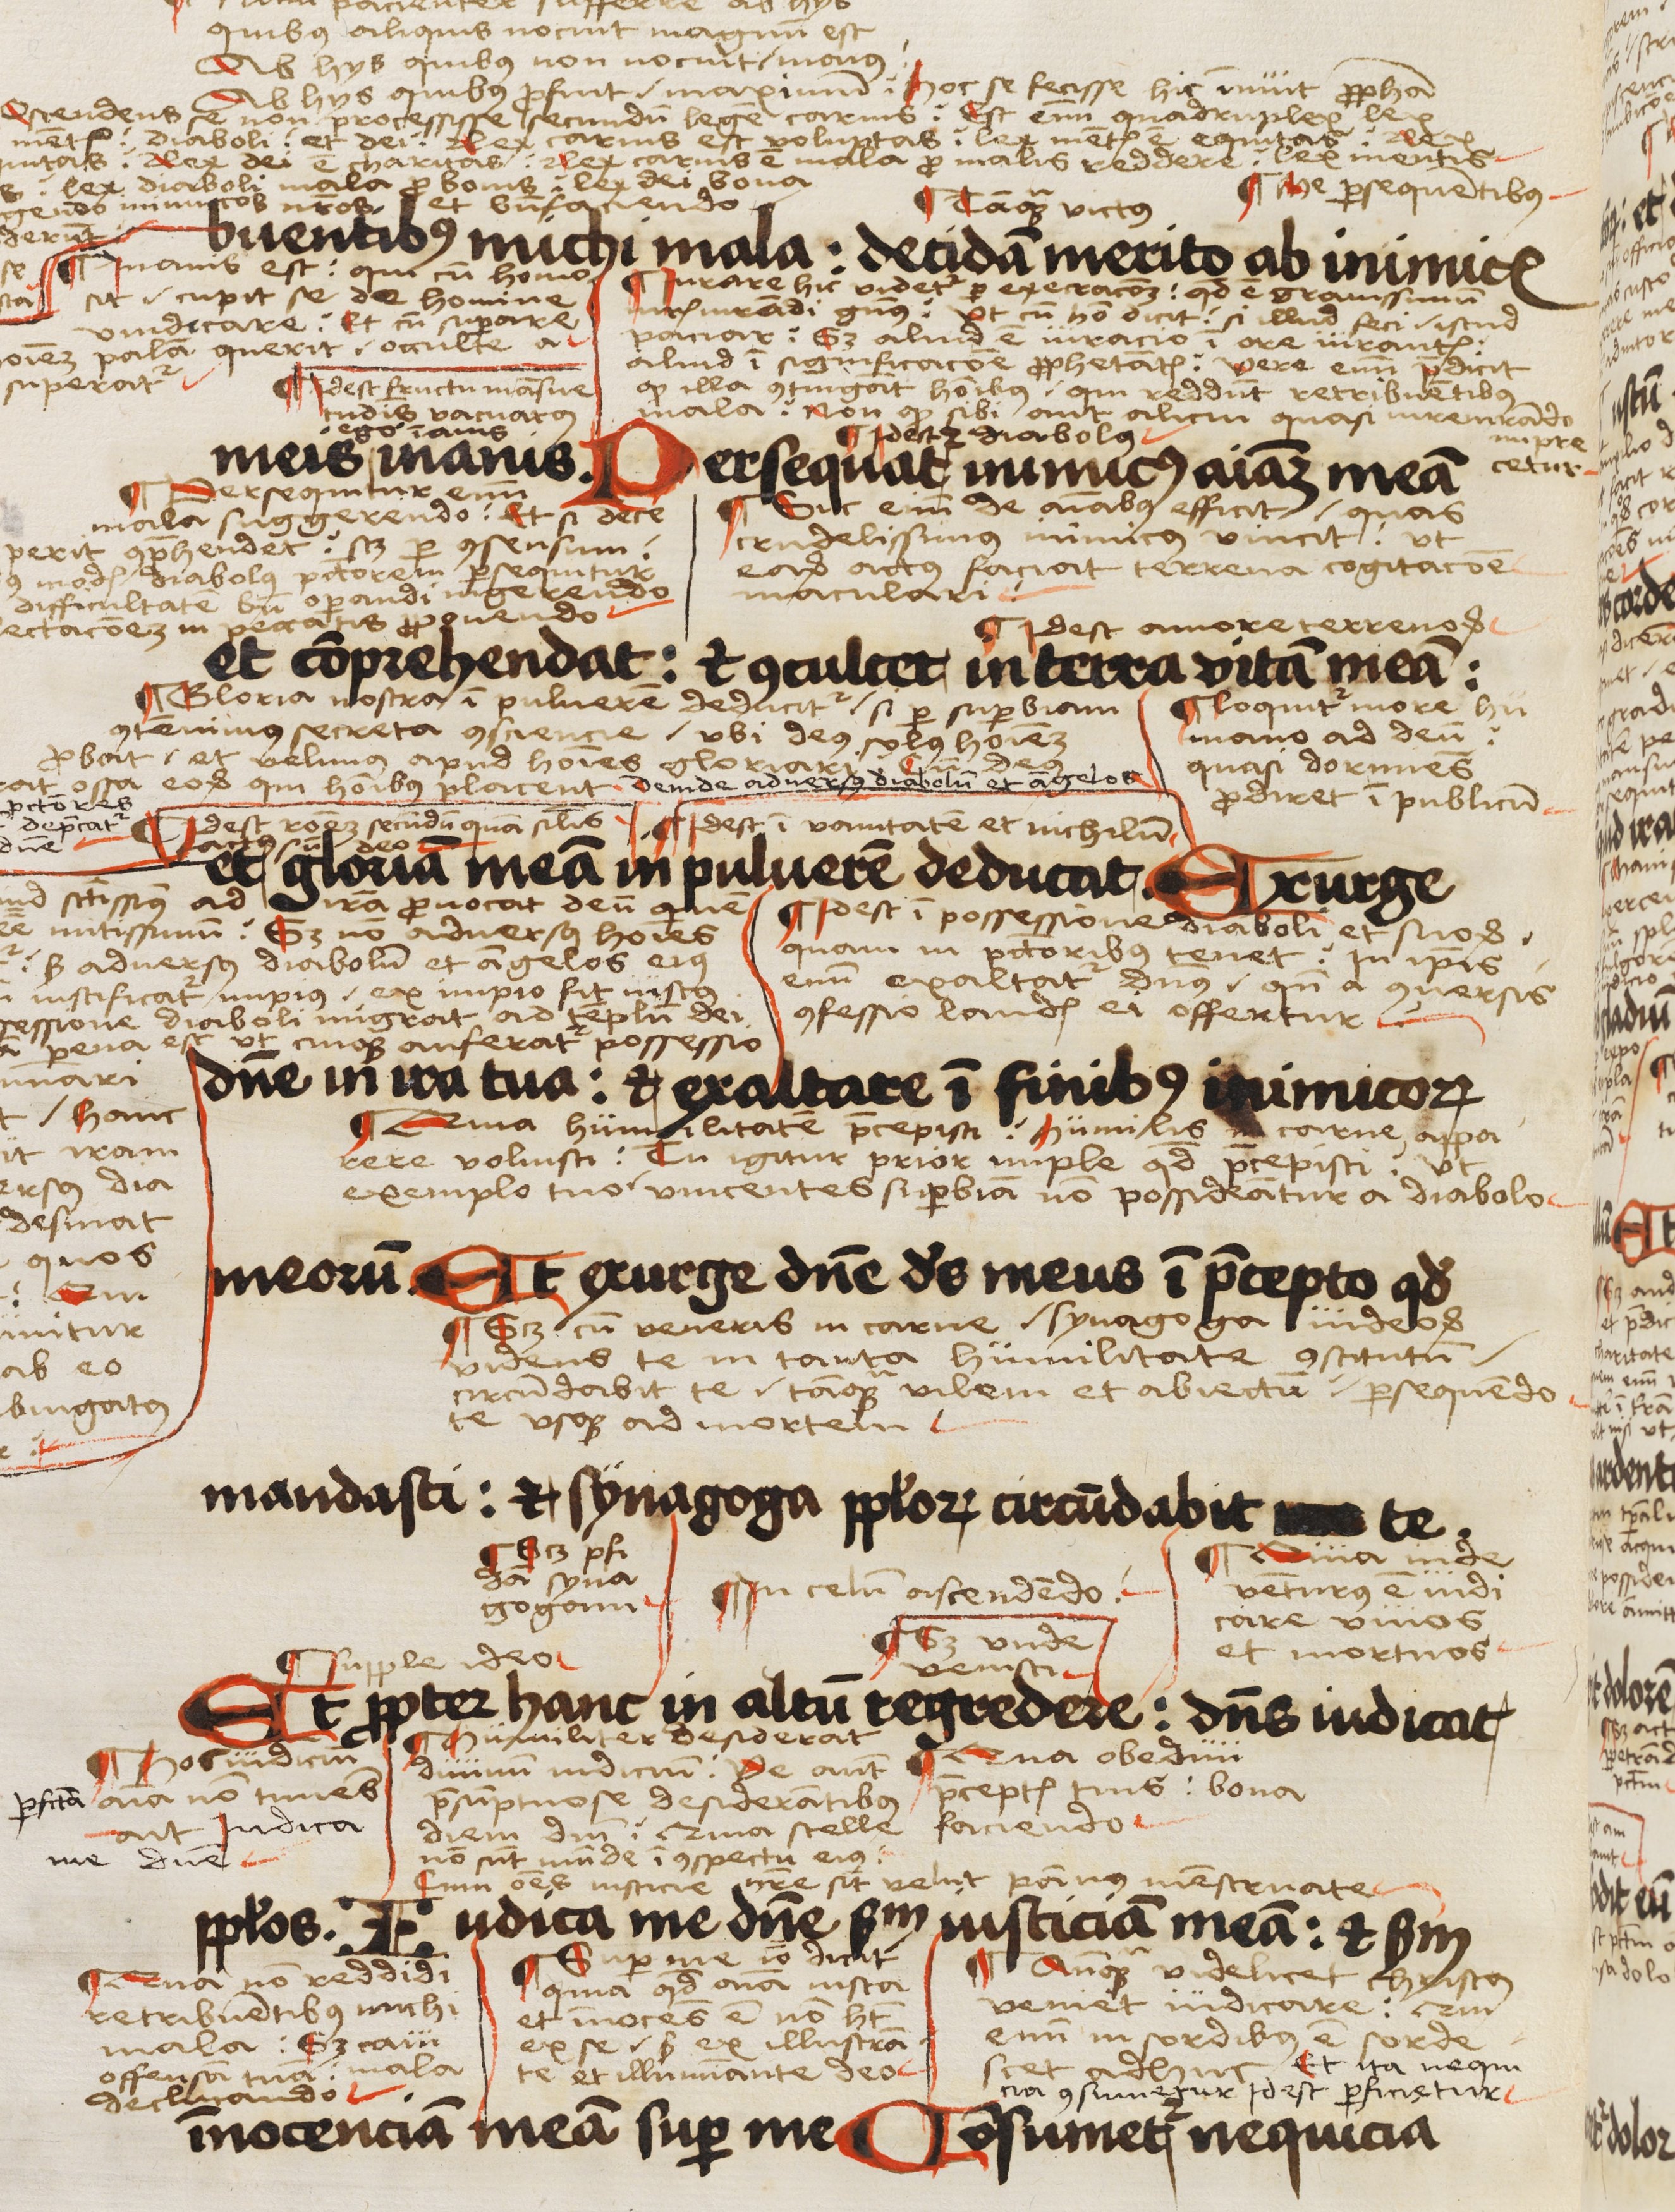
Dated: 1503–1503